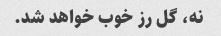
نه، گل رز خوب خواهد شد.